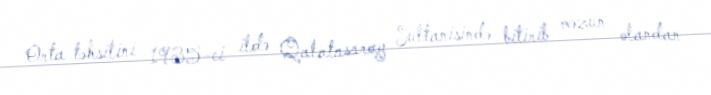
Orta təhsilini 1935-ci ildə Qalatasaray Sultanisində bitirib məzun olandan